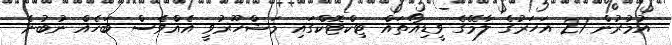
އުމުރުން 21 އަހަރުގެ ލާމޭގެ ވީޑިއޯތައް ޓިކްޓޮކްގައި މަޝްހޫރުވީ އެއްވެސް ބަހެއް ނުބުނެ